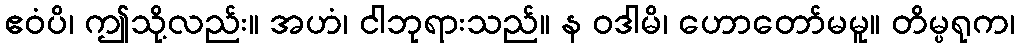
ဧဝံပိ၊ ဤသို့လည်း။ အဟံ၊ ငါဘုရားသည်။ န ဝဒါမိ၊ ဟောတော်မမူ။ တိမ္ပရုက၊